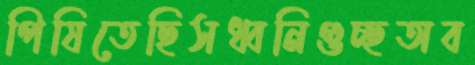
পিষিতেছিসধ্বনিগুচ্ছঅব